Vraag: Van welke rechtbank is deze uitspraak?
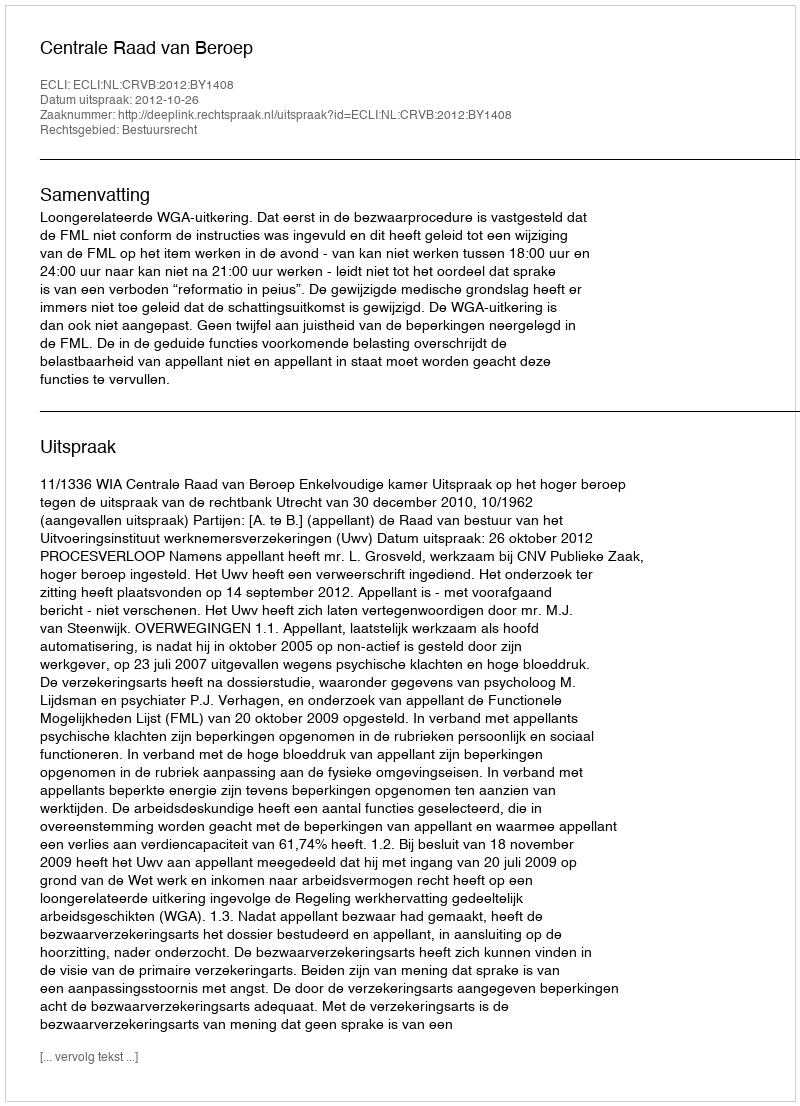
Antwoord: Centrale Raad van Beroep